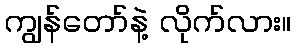
ကျွန်တော်နဲ့ လိုက်လား။